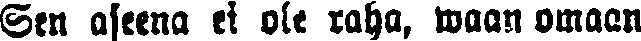
Sen aseena ei ole raha, waan omaan